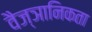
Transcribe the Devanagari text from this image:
वैज्ञानिकता